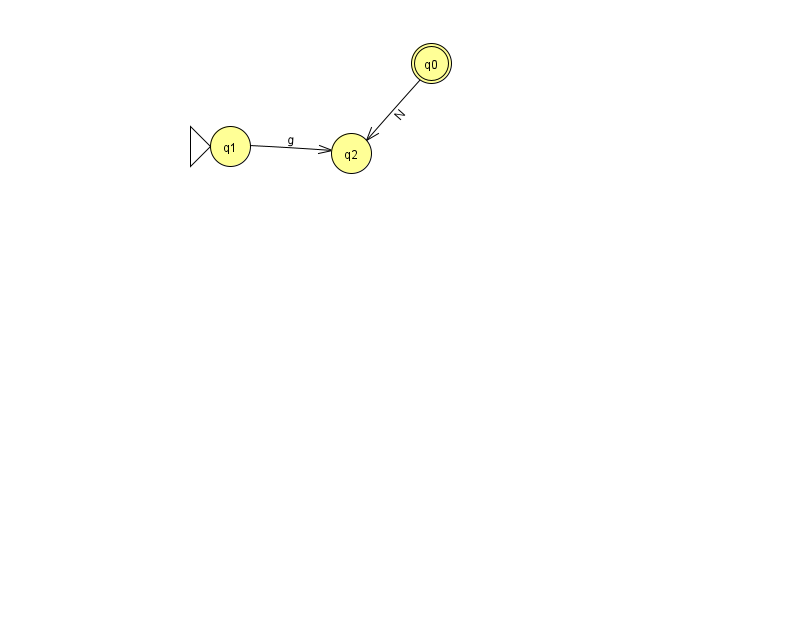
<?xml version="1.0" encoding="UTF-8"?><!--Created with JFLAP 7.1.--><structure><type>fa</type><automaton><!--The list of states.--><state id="0" name="q0"><x>431.0</x><y>50.0</y><final/></state><state id="1" name="q1"><x>230.0</x><y>133.0</y><initial/></state><state id="2" name="q2"><x>351.0</x><y>140.0</y></state><!--The list of transitions.--><transition><from>1</from><to>2</to><read>g</read></transition><transition><from>0</from><to>2</to><read>N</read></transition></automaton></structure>